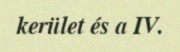
kerület és a IV.